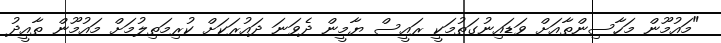
"މައުމޫން މަހާސިންތާއަށް ވަޑައިނުގަތުމަކީ ރައީސް ޔާމީން ދެވަނަ ދައުރަކަށް ކުރިމަތިލުމަށް މައުމޫން ތާއީދު